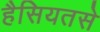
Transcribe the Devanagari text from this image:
हैसियतसे